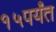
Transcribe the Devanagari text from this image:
१५पर्यंत